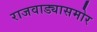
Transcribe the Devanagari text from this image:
राजवाड्यासमोर